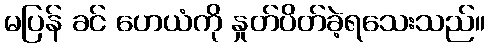
မပြန် ခင် ဟေယံကို နှုတ်ပိတ်ခဲ့ရသေးသည်။